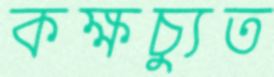
কক্ষচ্যুত